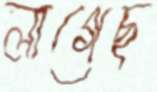
লাগেছ